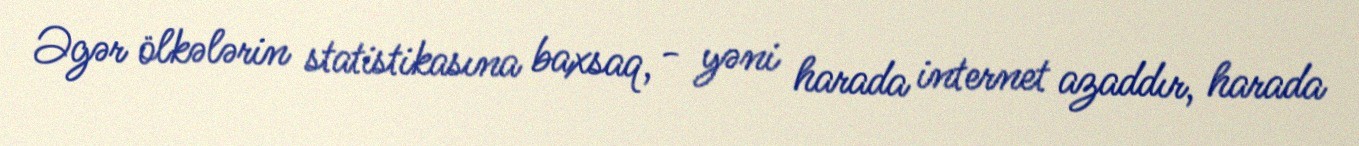
Əgər ölkələrin statistikasına baxsaq, - yəni harada internet azaddır, harada